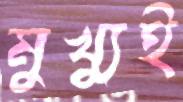
মুখ্যুই